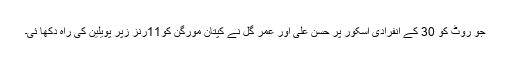
جو روٹ کو 30 کے انفرادی اسکور پر حسن علی اور عمر گُل نے کپتان مورگن کو11رنز زپر پویلین کی راہ دِکھا ئی۔